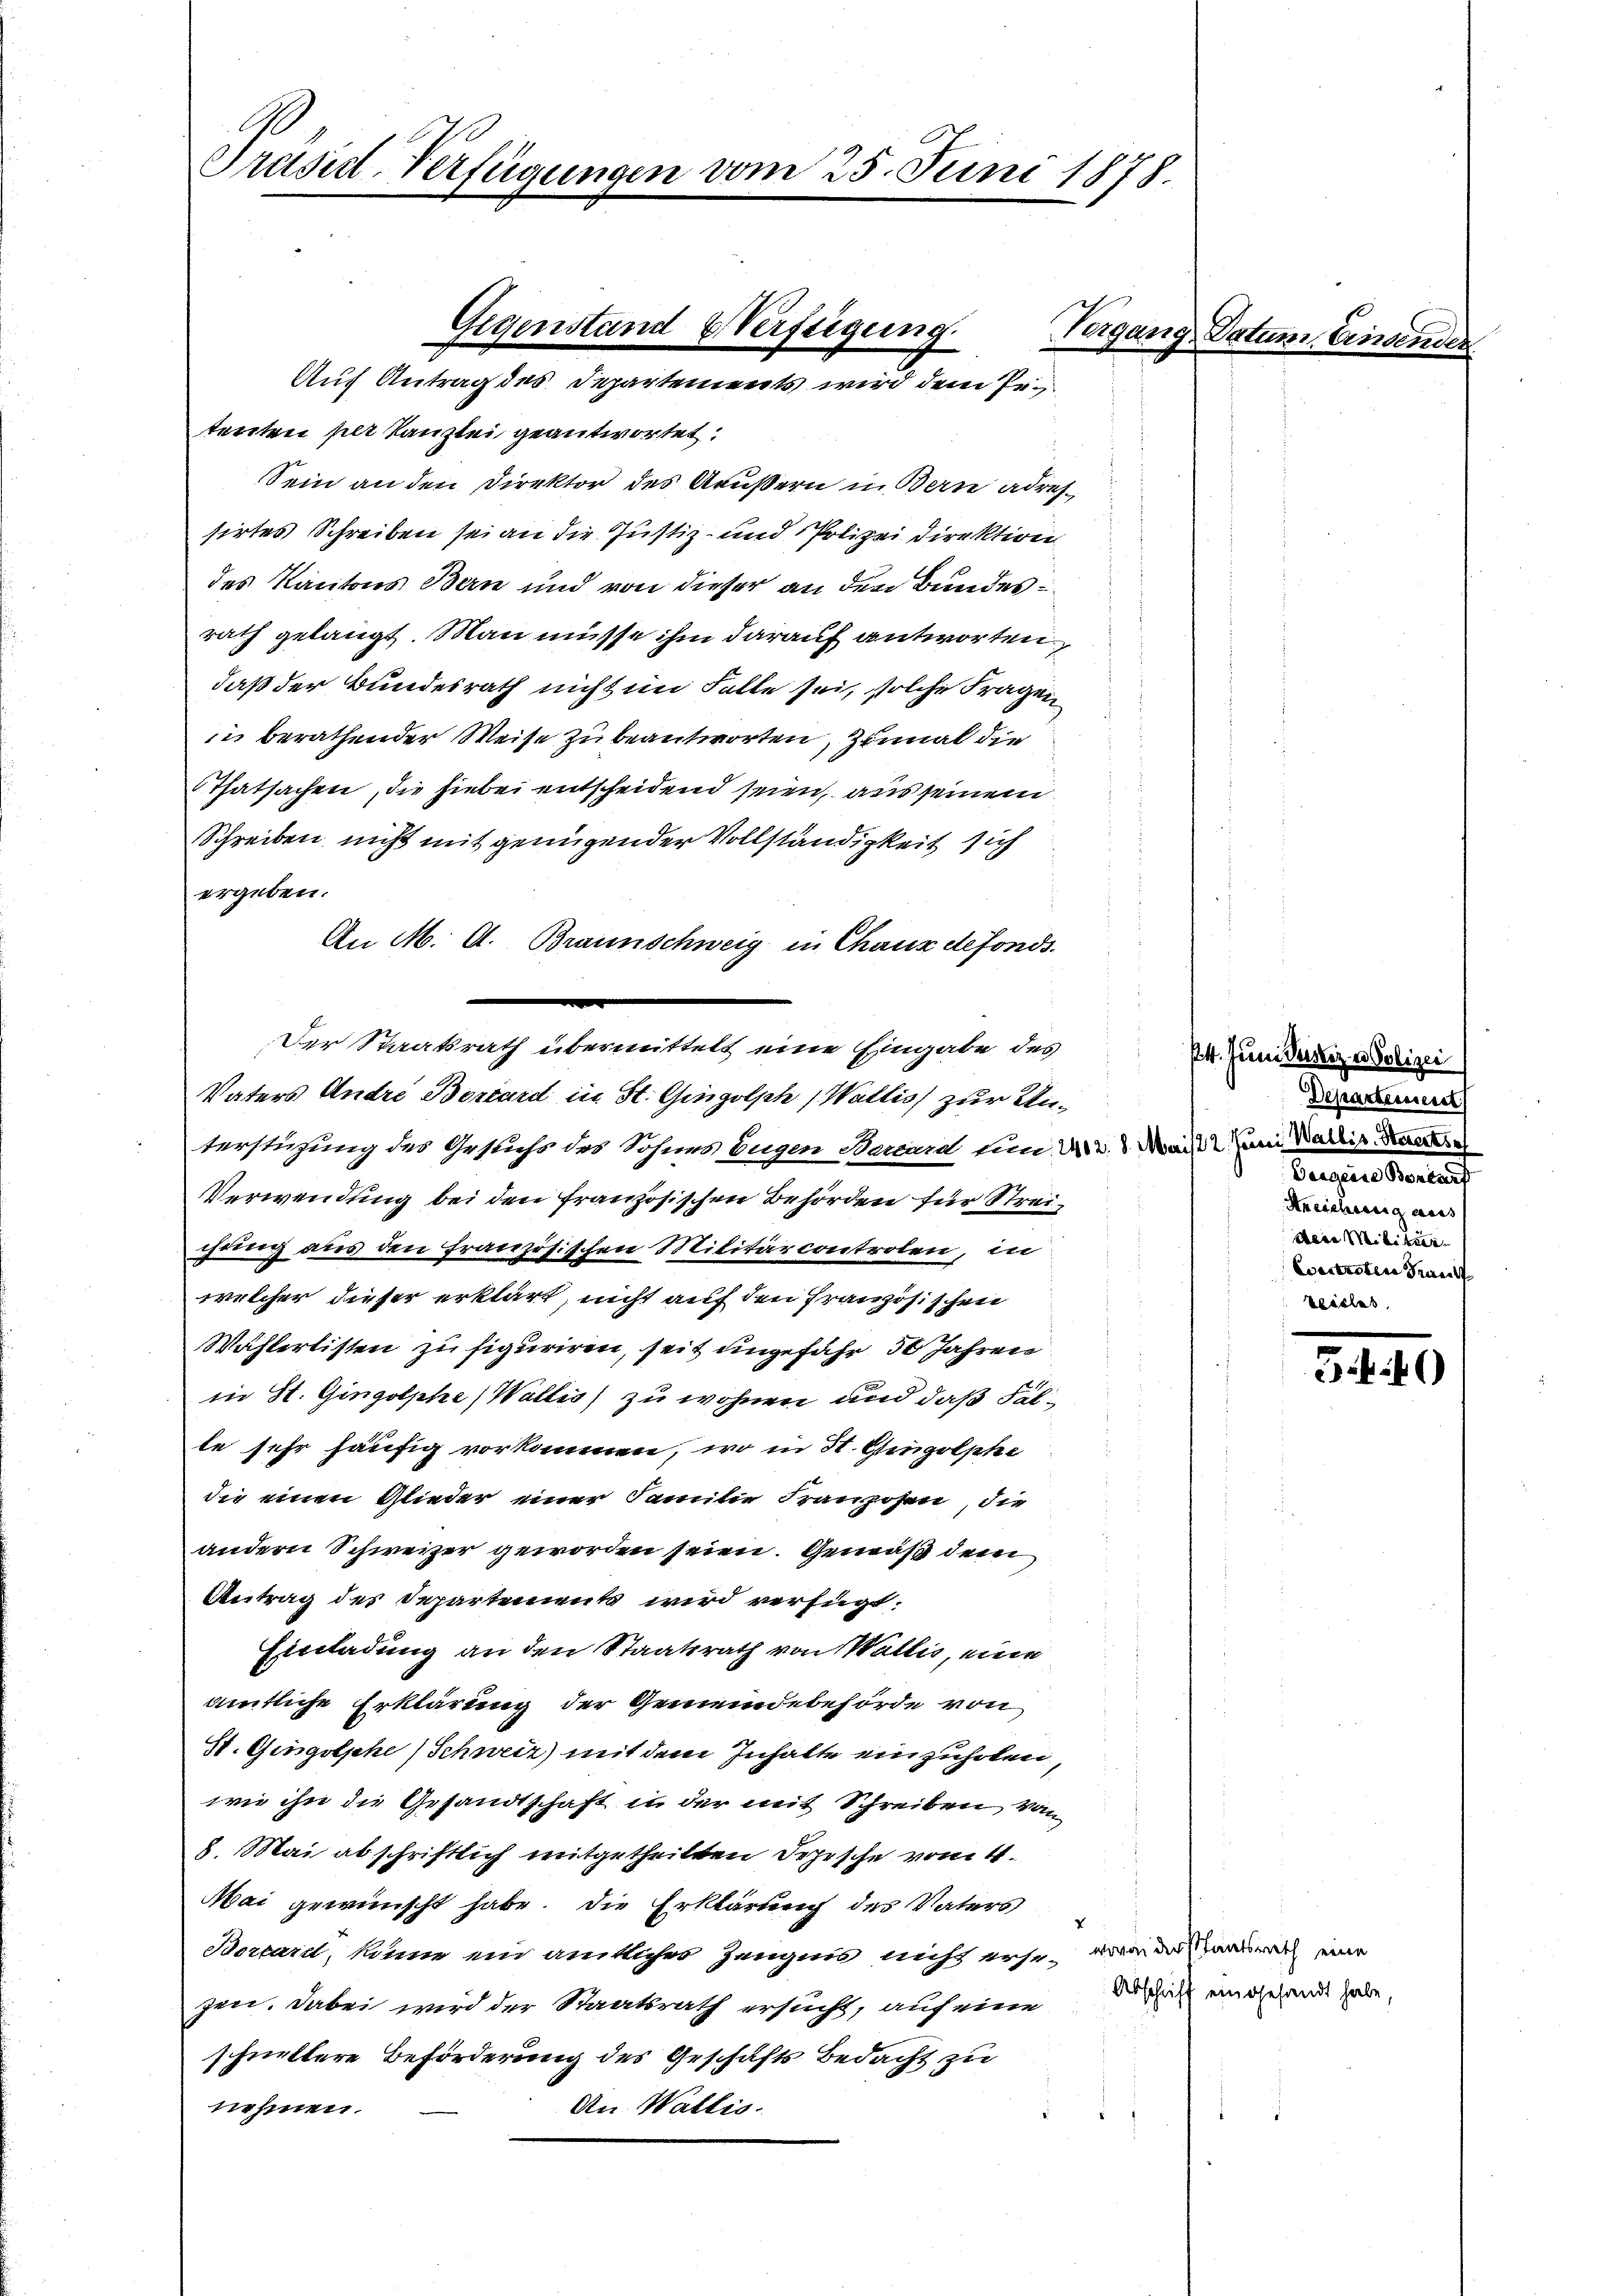
A
Präsid-Verfügungen vom 25. Juni 1878.

tenten per Kanzlei geantwortet:
Sein an den Direktor des Aeußern in Bern adressirtes Schreiben sei an die Justiz- und Polizei direktiren
des Kantons Bern und von dieser an den Bundesrath gelangt. Man müsse ihm darauf antworten,
daß der Bundesrath nicht im Falle sei, solche Fragen
in berathender Weise zu beantworten, zumal die
Thatsachen, die hiebei entscheidend seien, aus seinem
Schreiben nicht mit genügender Vollständigkeit sich
ergeben.
An M. A. Braunschweig in Chaux defonds.
e
Der Staatsrath übermittelt eine Eingabe des
Vaters Andre Borlard in St. Gingolph (Wallis zur Unterstützung des Gesuchs des Sohnes Eugen Serard um 22. 8. Mai 22 Juni Wallis Staat
Verwendung bei den französischen Behörden für Streichung aus den französischen Militärcontrolen, in
welcher dieser erklärt, nicht auf den Französischen
Wählerlisten zu figuriren, seit ungefähr 50 Jahren
in St. Gingolphe, Wallis zu wohnen und daß Folte sehr häufig vorkommen, wo in St. Gingolphe
die einen Glieder einer Familie Franzosen, die
andern Schweizer geworden seien. Gemäß dem
Antrag des Departement wird verfügt:
Einladung an den Staatsrath von Wallis, eine
amtliche Erklärung der Gemeindebehörde von
St. Gingolphe, Schweiz) mit dem Inhalte einzuholen,
wie ihn die Gesandtschaft in der mit Schreiben von
8. Mai abschriftlich mitgetheilten Depesche vom 4.
Mai gewünscht habe. Die Erklärung des Vaters
Bortari, könne ein amtliches Zeugnis nicht erse, in dadurch eine
zen. Dabei wird der Staatsrath ersucht, auf eine Beschrift eingesandt habe,
schnellere Beförderung des Geschäfts Bedacht zu
An Wallis.
nehmen.

Gegenstand & Verfügung.
Vergang
Auf Antrag des Departements wird dem Pe¬

Datum, Einsen.

14. Juni Justiz u. Polizei
Departeisrest
Berganisierten
Hreichung aus
deen Militere
Vertreten Trau
veilles

5 40